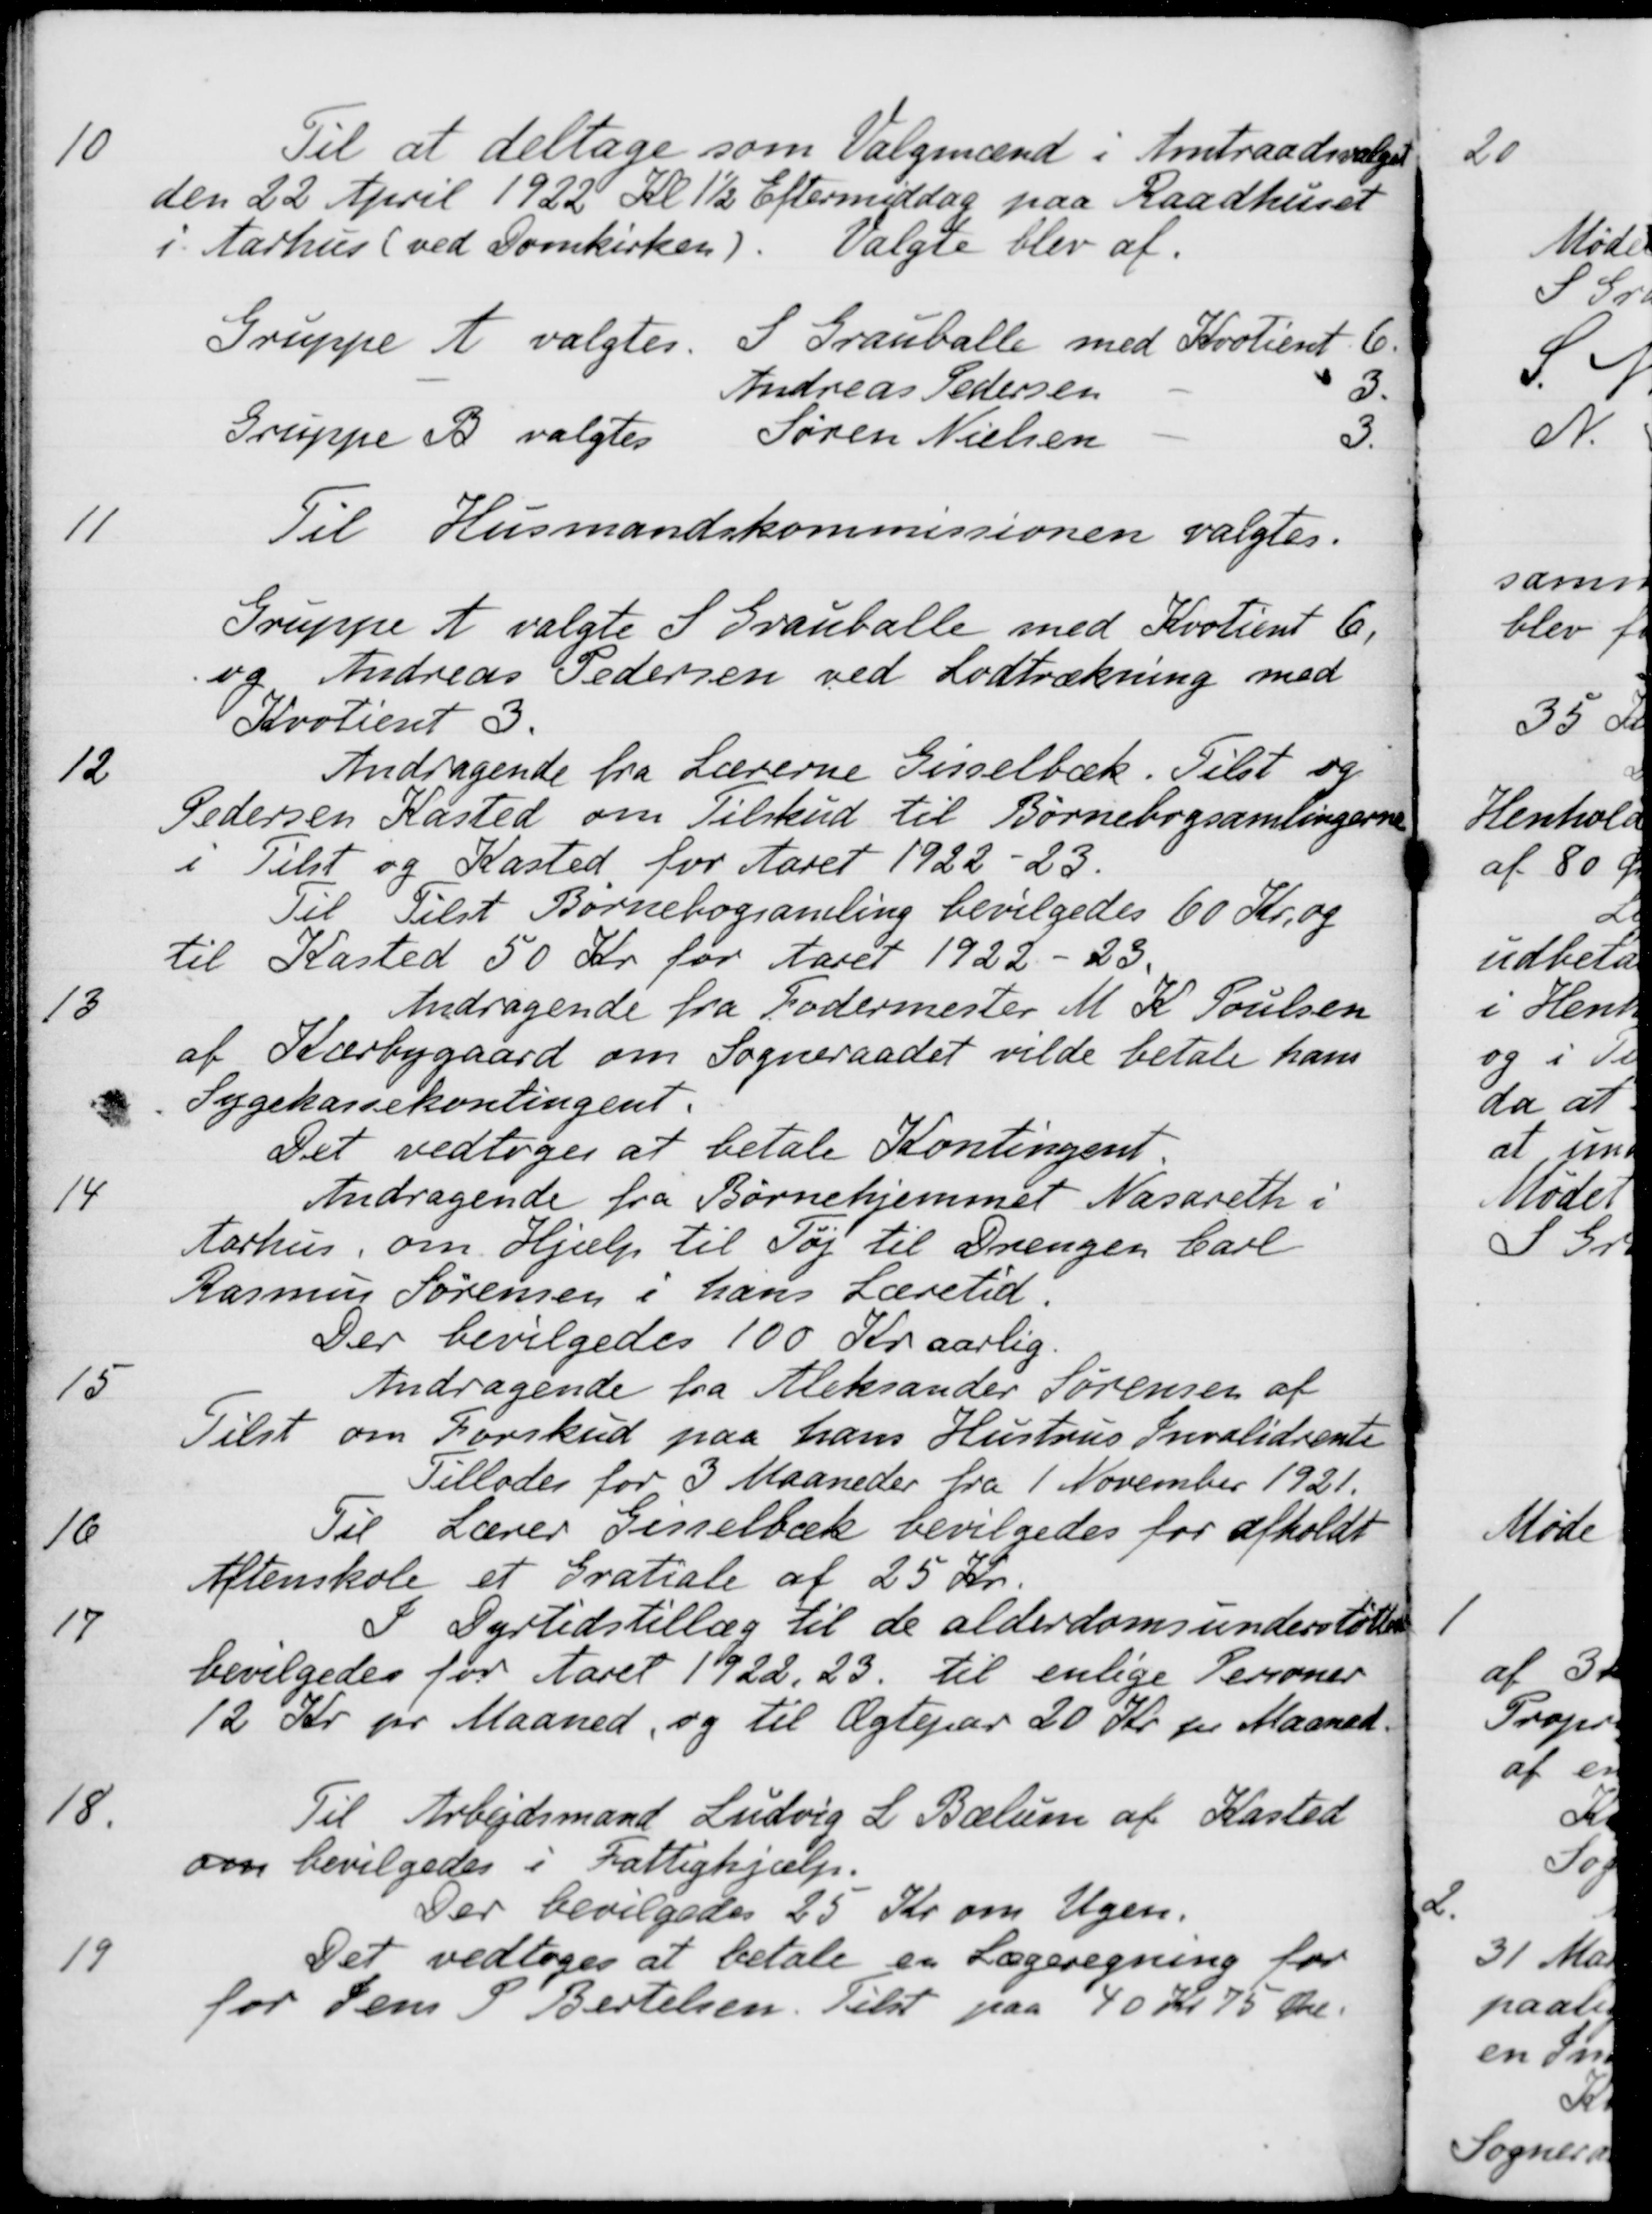
Transskription:
10
Til at deltage som Valgmænd i Amtraadsvalget
den 22 April 1922 Kl 1½ Eftermiddag paa Raadhuset
i Aarhus (ved Domkirken)
valgte blev af
Gruppe A valgtes
S Grauballe med Kvotient 6
Andreas Pedersen
3.
Gruppe B valgtes
Søren Nielsen
3.
11
Til Husmandskommissionen valgtes.
Gruppe A valgte S Grauballe med Kvotient 6,
og Andreas Pedersen ved Lodtrækning med
Kvotient 3.
12
Andragende fra Lærerne Gisselbæk. Tilst og
Pedersen Kasted om Tilskud til Børnebogsamlingerne
i Tilst og Kasted, for Aaret 1922-23.
Til Tilst Børnebogsamling bevilgedes 60 Kr. og
til Kasted 50 Kr for Aaret 1922-23.
13
Andragende fra Fodermester M. K. Poulsen
af Kærbygaard om Sogneraadet vilde betale hans
Sygekassekontingent.
Det vedtoges at betale Kontingent
14
Andragende fra Børnehjemmet Nasareth i
Aarhus, om Hjælp til Tøj til Drengen Carl
Rasmus Sørensen i hans Læretid
Der bevilgedes 100 Kr aarlig.
15
Andragende fra Aleksander Sørensen af
Tilst om Forskud paa hans Hustrus Invalidrente
Tillodes for 3 Maaneder fra 1 November 1921.
16
Til Lærer Gisselbæk bevilgedes for afholdt
Aftenskole et Gratiale af 25 Kr.
17
I Dyrtidstillæg til de alderdomsunderstøttelse
bevilgedes for Aaret 1922, 23 til enlige Personer
12 Kr pr Maaned og til Ægtepar 20 Kr pr Maaned.
18
Til Arbejdsmand Ludvig L. Bælum af Kasted
om bevilgedes i Fattighjælp.
Der bevilgedes 25 Kr om Ugen.
19
Det vedtoges at betale en Lægeregning for
for Jens P. Bertelsen. Tilst paa 40 Kr 75 Øre.